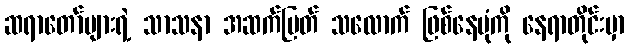
ဆရာတော်များရဲ့ သာသနာ အဆက်ပြတ် သလောက် ဖြစ်နေပုံကို နေရာတိုင်းမှာ